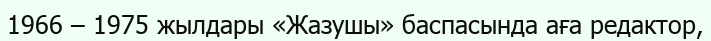
1966 – 1975 жылдары «Жазушы» баспасында аға редактор,